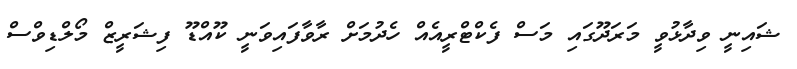
ޝައިނީ ވިދާޅުވީ މަރަދޫގައި މަސް ފެކްޓްރީއެއް ހެދުމަށް ރާވާފައިވަނީ ކޫއްޑޫ ފިޝަރީޒް މޯލްޑިވްސް